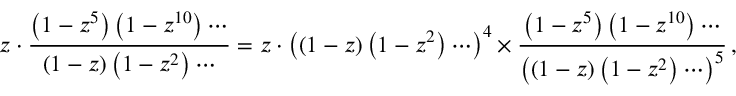
z \cdot { \frac { \left( 1 - z ^ { 5 } \right) \left( 1 - z ^ { 1 0 } \right) \cdots } { \left( 1 - z \right) \left( 1 - z ^ { 2 } \right) \cdots } } = z \cdot \left( ( 1 - z ) \left( 1 - z ^ { 2 } \right) \cdots \right) ^ { 4 } \times { \frac { \left( 1 - z ^ { 5 } \right) \left( 1 - z ^ { 1 0 } \right) \cdots } { \left( \left( 1 - z \right) \left( 1 - z ^ { 2 } \right) \cdots \right) ^ { 5 } } } \, ,